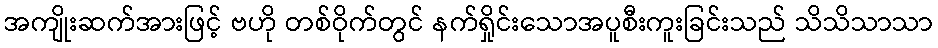
အကျိုးဆက်အားဖြင့် ဗဟို တစ်ဝိုက်တွင် နက်ရှိုင်းသောအပူစီးကူးခြင်းသည် သိသိသာသာ